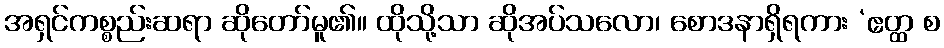
အရှင်ကစ္စည်းဆရာ ဆိုတော်မူ၏။ ထိုသို့သာ ဆိုအပ်သလော၊ စောဒနာရှိရကား ‘ဧတ္ထ စ